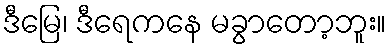
ဒီမြေ၊ ဒီရေကနေ မခွာတော့ဘူး။